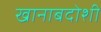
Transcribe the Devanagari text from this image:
खानाबदोशी